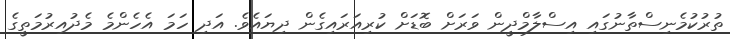
ތުރުކުމެނިސްތާނުގައި އިސްލާމްދީން ވަރަށް ބޮޑަށް ކުރިއަރައިގެން ދިޔައެވެ. އަދި ހަމަ އެހެންމެ މެދުއިރުމަތީގެ